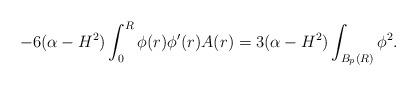
LaTeX: \begin{align*}-6(\alpha -H^2) \int_{0}^{R}\phi (r)\phi '(r)A(r)=3(\alpha-H^2) \int_{B_{p}(R)}\phi ^2.\end{align*}